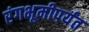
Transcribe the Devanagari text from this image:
रंगभूमीपर्यंत